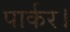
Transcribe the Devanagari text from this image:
पार्कर।